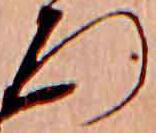
ろ